Vaccination in Bombay 1902-1912 - 1902-1912
Year: 1902
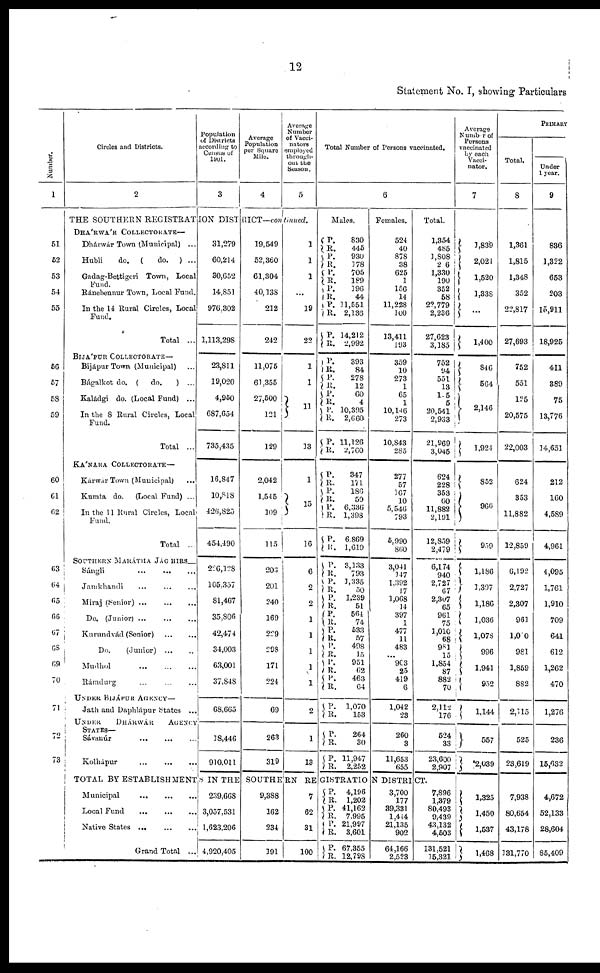
12
Statement No. I, showing Particulars
Number.
1
51
52
53
54
55
56
57
58
59
60
61
62
63
64
65
66
67
68
69
70
71
72
73
Circles and Districts.
2
Population
of Districts
according to
Census of
1901.
3
Average
Population
per Square
Mile.
4
Average
Number
of Vacci¬
nators
employed
through-
out the
Season.
5
THE SOUTHERN REGISTRATION DISTRICT—continued.
DHÁRWÁR COLLECTORATE—
Dhárwár Town (Municipal) ...
Hubli
do. (
do. ) ...
Gadag-Bettigeri Town, Local
Fund.
Ránebennur Town, Local Fund.
In the 11 Rural Circles, Local
Fund.
Total ...
BIJÁPUR COLLECTORATE —
Bijápur Town (Municipal) ...
Bágalkot do. (
do.
) ...
Kaládgi do. (Local Fund) ...
In the 8 Rural Circles, Local
Fund.
Total ...
KÁNARA COLLECTORATE—
Kárwar Town (Municipal) ...
Kumta do.
(Local Fund) ...
In the 11 Rural Circles, Local
Fund.
Total ...
SOUTHERN MARÁTHA JÁGHIRS —
Sángli
...
...
...
Jamkhandi
...
...
...
Miraj (Senior) ...
...
...
Do. (Junior) ...
...
...
Kurundvád (Senior)
...
...
Do.
(Junior)
...
...
Mudhol
...
...
...
Rámdurg ... ... ...
UNDER BIJÁPUR AGENCY—
Jath and Daphlápur States ...
UNDER DHÁRWÁR AGENCY
STATES— Sávanúr ... ... ...
Kolhápur
...
...
...
31,279
60,214
30,652
14,851
976,302
1,113,298
23,811
19,020
4,950
687,654
735,435
16,847
10,818
426,825
454,490
226,128
105,357
81,467
35,806
42,474
34,003
63,001
37,848
68,665
18,446
910,011
19,549
52,360
61,304
40,138
212
242
11,075
61,355
27,500
121
129
2,042
1,545
109
115
203
201
240
169
229
298
171
224
69
263
319
1
1
1
...
19
22
1
1
11
13
1
15
16
6
2
2
1
1
1
1
1
2
1
13
Total Number of Persons vaccinated.
6
Males.
P.
R.
P.
R.
P. R.
P.
R.
P.
R.
P.
R.
P.
R.
P.
R.
P. R.
P.
R.
P.
R.
830
445
930
178
705
189
196
44
11,551
2,136
14,212
2,992
393 84
278
12
60
4
10,395
2,660
11,126
2,760
P.
R.
P.
R.
P.
R.
P.
R.
347
171
186
50
6,336
1,398
6,869
1,619
P.
R.
P.
R.
P.
R.
P.
R.
P.
R.
P.
R.
P.
R.
P.
R.
P.
R.
3,133
793
1,335
50
1,239
51
564
74
533
57
498
15
951
62
463
64
1,070
153
P.
R.
P.
R.
264
30
11,947
2,252
Females.
524
40
878
38
625
1
156
14
11,228
100
13,411
193
359
10
273
1
65
1
10,146
273
10,843
285
277
57
167
10
5,546
793
5,990
860
3,041
147
1,392
17
1,068
14
397
1
477
11
483
...
903
25
419
6
1,042
23
260
3
11,653
655
Total.
1,354
485
1,808
206
1,330
190
352
58
22,779
2,236
27,623
3,185
752
94
551
13
105
5
20,541
2,933
21,969
3,045
624
228
353
60
11,882
2,191
12,859
2,479
6,174
940
2,727
67
2,307
65
961
75
1,010
68
981
15
1,854
87
882
70
2,112
176
524
33
23,600
2,907
Average
Number of
Persons
vaccinated
by each
Vacci¬
nator.
7
1,839
2,024
1,520
1,338
...
1,400
846
564
2,146
1,924
852
966
959
1,186
1,397
1,186
1,036
1,078
996
1,941
952
1,144
557
2,039
PRIMARY
Total.
8
1,361
1,815
1,348
352
22,817
27,693
752
551
125
20,575
22,003
624
353
11,882
12,859
6,192
2,727
2,307
961
1,000
981
1,859
882
2,115
525
23,619
Under
1 year.
9
836
1,322
653
203
15,911
18,925
411
389
75
13,776
14,651
212
160
4,589
4,961
4,095
1,761
1,910
709
641
612
1,262
470
1,276
236
15,632
TOTAL BY ESTABLISHMENTS IN THE SOUTHERN REGISTRATION DISTRICT.
Municipal
...
...
...
Local
Fund
...
...
...
Native
States... ... ...
Grand Total ...
239,668
3,057,531
1,623,206
4,920,405
9,388
162
234
191
7
62
31
100
P.
R.
P.
R.
P.
R.
P.
R.
4,196
1,202
41,162
7,995
21,997
3,601
67,355
12,798
3,700
177
39,331
1,414
21,135
902
64,166
2,523
7,896
1,379
80,493
9,439
43,132
4,503
131,521
15,321
1,325
1,450
1,537
1,468
7,938
80,654
43,178
131,770
4,672
52,133
28,604
85,409